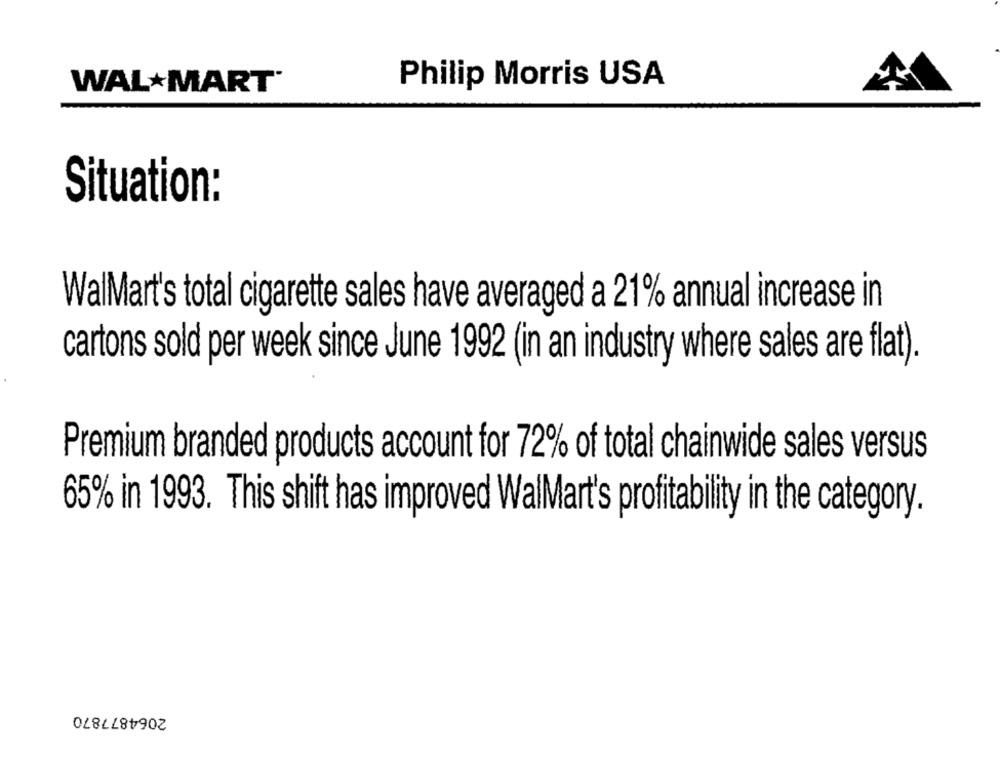
WALMART
Philip Morris USA
Situation:
WalMart's total cigarette sales have averaged a 21% annual increase in
cartons sold per week since June 1992 (in an industry where sales are flat).
Premium branded products account for 72% of total chainwide sales versus
65% in 1993. This shift has improved WalMart's profitability in the category.
2064877870